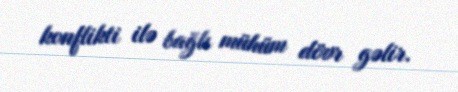
konflikti ilə bağlı mühüm dövr gəlir.